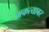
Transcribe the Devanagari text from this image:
अकत्याबर